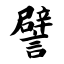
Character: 譬